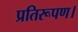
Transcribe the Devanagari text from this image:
प्रतिरूपण।